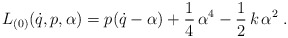
\begin{align*}L_{(0)}(\dot{q},p,\alpha )=p(\dot{q}-\alpha )+\frac 14\,\alpha ^4-\frac 12\,k\,\alpha ^2\;. \end{align*}